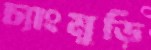
চ্যাংমুড়ি